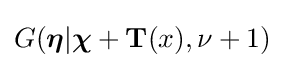
G({\boldsymbol {\eta }}|{\boldsymbol {\chi }}+\mathbf {T} (x),\nu +1)